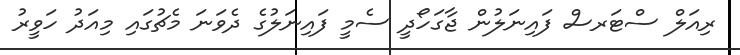
ރިއަލް ސްޓަރސް ފައިނަލުން ޖާގަހޯދީ ސެމީ ފައިނަލުގެ ދެވަނަ މެޗުގައި މިއަދު ހަވީރު